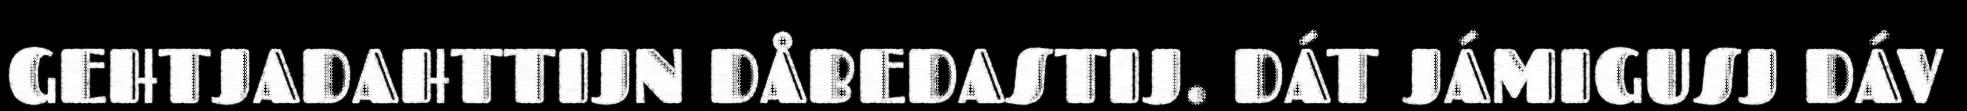
GEHTJADAHTTIJN DÅBEDASTIJ. DÁT JÁMIGUSJ DÁV